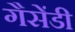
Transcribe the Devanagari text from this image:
गैसेंडी